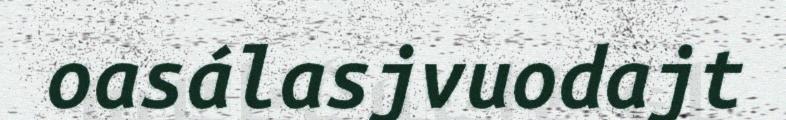
oasálasjvuodajt